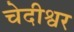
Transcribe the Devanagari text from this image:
चेदीश्वर